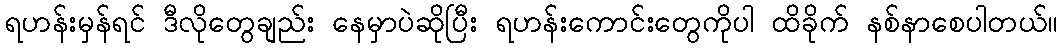
ရဟန်းမှန်ရင် ဒီလိုတွေချည်း နေမှာပဲဆိုပြီး ရဟန်းကောင်းတွေကိုပါ ထိခိုက် နစ်နာစေပါတယ်။